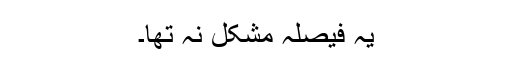
یہ فیصلہ مشکل نہ تھا۔